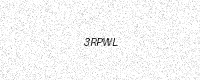
Text: 3RPWL